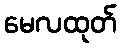
မေလထုတ်